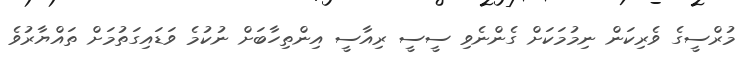
މުރްސީގެ ވެރިކަން ނިމުމަކަށް ގެންނެވި ސީސީ ރިއާސީ އިންތިހާބަށް ނުކުމެ ވަޑައިގަތުމަށް ތައްޔާރުވެ